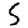
Digit: 5